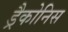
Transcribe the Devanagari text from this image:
ड्रैकोनिस